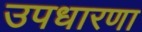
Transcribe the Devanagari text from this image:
उपधारणा